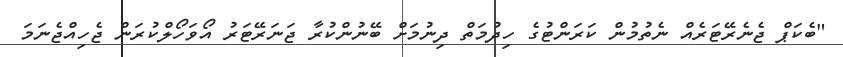
"ބެކަޕް ޖެނެރޭޓަރެއް ނެތުމުން ކަރަންޓުގެ ހިދުމަތް ދިނުމަށް ބޭނުންކުރާ ޖަނަރޭޓަރު އޯވަހޯލްކުރަން ޖެހިއްޖެނަމަ